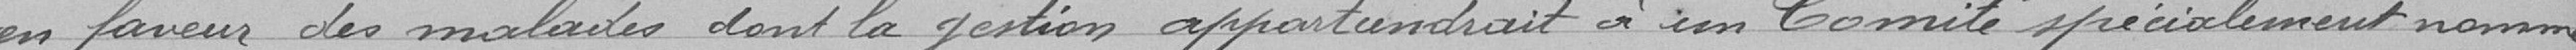
en faveur des malades dont la gestion appartiendrait à un Comité spécialement nommé.